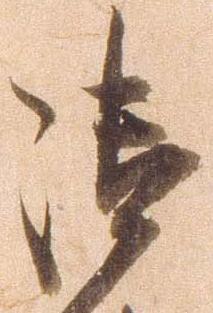
御